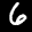
Digit: 6